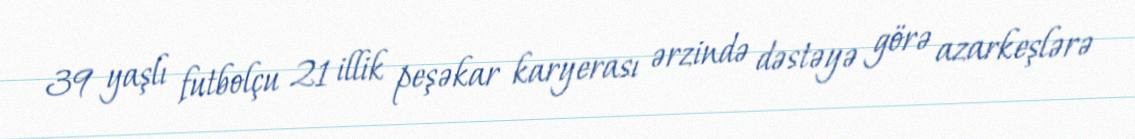
39 yaşlı futbolçu 21 illik peşəkar karyerası ərzində dəstəyə görə azarkeşlərə